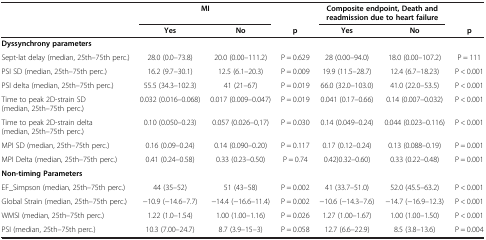
<table><thead><tr><td><b> </b></td><td colspan="2"><b>MI</b></td><td><b> </b></td><td colspan="2"><b>Composite endpoint, Death and readmission due to heart failure</b></td><td><b> </b></td></tr><tr><td><b> </b></td><td><b>Yes</b></td><td><b>No</b></td><td><b>p</b></td><td><b>Yes</b></td><td><b>No</b></td><td><b>p</b></td></tr></thead><tbody><tr><td><b>Dyssynchrony parameters</b></td><td> </td><td> </td><td> </td><td> </td><td> </td><td> </td></tr><tr><td>Sept-lat delay (median, 25th–75th perc.)</td><td>28.0 (0.0–73.8)</td><td>20.0 (0.00–111.2)</td><td>P = 0.629</td><td>28 (0.00–94.0)</td><td>18.0 (0.00–107.2)</td><td>P = 111</td></tr><tr><td>PSI SD (median, 25th–75th perc.)</td><td>16.2 (9.7–30.1)</td><td>12.5 (6.1–20.3)</td><td>P = 0.009</td><td>19.9 (11.5–28.7)</td><td>12.4 (6.7–18.23)</td><td>P &lt; 0.001</td></tr><tr><td>PSI delta (median, 25th–75th perc.)</td><td>55.5 (34.3–102.3)</td><td>41 (21–67)</td><td>P = 0.019</td><td>66.0 (32.0–103.0)</td><td>41.0 (22.0–53.5)</td><td>P &lt; 0.001</td></tr><tr><td>Time to peak 2D-strain SD (median, 25th–75th perc.)</td><td>0.032 (0.016–0.068)</td><td>0.017 (0.009–0.047)</td><td>P = 0.019</td><td>0.041 (0.17–0.66)</td><td>0.14 (0.007–0.032)</td><td>P &lt; 0.001</td></tr><tr><td>Time to peak 2D-strain delta (median, 25th–75th perc.)</td><td>0.10 (0.050–0.23)</td><td>0.057 (0.026–0,17)</td><td>P = 0.030</td><td>0.14 (0.049–0.24)</td><td>0.044 (0.023–0.116)</td><td>P &lt; 0.001</td></tr><tr><td>MPI SD (median, 25th–75th perc.)</td><td>0.16 (0.09–0.24)</td><td>0.14 (0.090–0.20)</td><td>P = 0.117</td><td>0.17 (0.12–0.24)</td><td>0.13 (0.088–0.19)</td><td>P = 0.001</td></tr><tr><td>MPI Delta (median, 25th–75th perc.)</td><td>0.41 (0.24–0.58)</td><td>0.33 (0.23–0.50)</td><td>P = 0.74</td><td>0.42)0.32–0.60)</td><td>0.33 (0.22–0.48)</td><td>P = 0.001</td></tr><tr><td><b>Non-timing Parameters</b></td><td> </td><td> </td><td> </td><td> </td><td> </td><td> </td></tr><tr><td>EF_Simpson (median, 25th–75th perc.)</td><td>44 (35–52)</td><td>51 (43–58)</td><td>P = 0.002</td><td>41 (33.7–51.0)</td><td>52.0 (45.5–63.2)</td><td>P &lt; 0.001</td></tr><tr><td>Global Strain (median, 25th–75th perc.)</td><td>-10.9 (-14.6–7.7)</td><td>-14.4 (-16.6–11.4)</td><td>P = 0.002</td><td>-10.6 (-14.3–7.6)</td><td>-14.7 (-16.9–12.3)</td><td>P &lt; 0.001</td></tr><tr><td>WMSI (median, 25th–75th perc.)</td><td>1.22 (1.0–1.54)</td><td>1.00 (1.00–1.16)</td><td>P = 0.026</td><td>1.27 (1.00–1.67)</td><td>1.00 (1.00–1.50)</td><td>P &lt; 0.001</td></tr><tr><td>PSI (median, 25th–75th perc.)</td><td>10.3 (7.00–24.7)</td><td>8.7 (3.9–15–3)</td><td>P = 0.058</td><td>12.7 (6.6–22.9)</td><td>8.5 (3.8–13.6)</td><td>P = 0.004</td></tr></tbody></table>